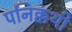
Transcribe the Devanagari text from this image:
पनिक्कथी